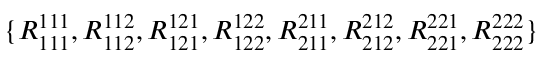
\{ R _ { 1 1 1 } ^ { 1 1 1 } , R _ { 1 1 2 } ^ { 1 1 2 } , R _ { 1 2 1 } ^ { 1 2 1 } , R _ { 1 2 2 } ^ { 1 2 2 } , R _ { 2 1 1 } ^ { 2 1 1 } , R _ { 2 1 2 } ^ { 2 1 2 } , R _ { 2 2 1 } ^ { 2 2 1 } , R _ { 2 2 2 } ^ { 2 2 2 } \}